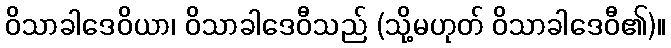
ဝိသာခါဒေဝိယာ၊ ဝိသာခါဒေဝီသည် (သို့မဟုတ် ဝိသာခါဒေဝီ၏)။